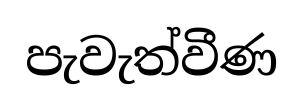
පැවැත්වීණ